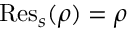
{ \mathrm { R e s } } _ { s } ( \rho ) = \rho